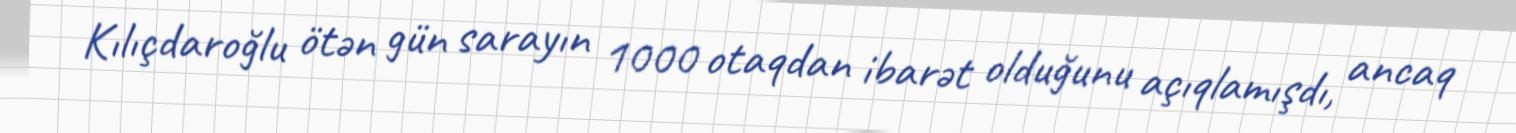
Kılıçdaroğlu ötən gün sarayın 1000 otaqdan ibarət olduğunu açıqlamışdı, ancaq